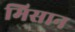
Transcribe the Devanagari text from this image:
मिसान